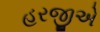
હરજીએ